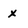
Character: x